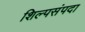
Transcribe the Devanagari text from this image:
शिल्पसंपदा